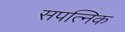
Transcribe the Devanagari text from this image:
सपत्निक